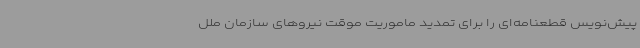
پیش‌نویس قطعنامه‌ای را برای تمدید ماموریت موقت نیروهای سازمان ملل